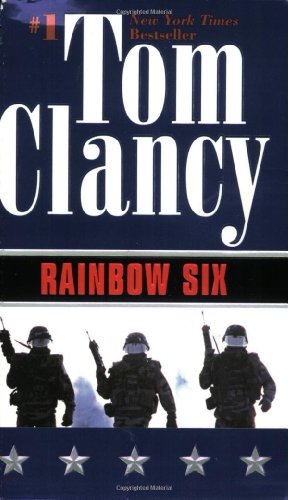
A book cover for Rainbow Six (A Jack Ryan Novel); Tom Clancy; Mystery, Thriller & Suspense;